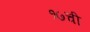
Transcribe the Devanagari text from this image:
१७ची